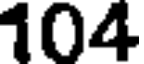
104